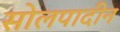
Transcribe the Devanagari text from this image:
सोलपादीन